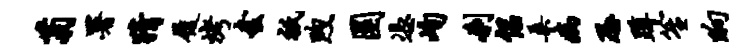
菊署猜履烤套只煦圜凭峋刹侣桑病恐蹲笙晌